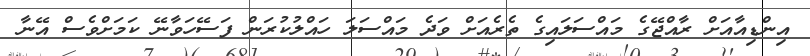
އިންޑިއާއަށް ރާއްޖޭގެ މައްސަލައިގެ ތެރެއަށް ވަދެ މައްސަލަ ހައްލުކުރަން ފަސޭހަވާނޭ ކަމަށްވެސް އޭނާ